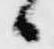
日